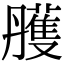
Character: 雘